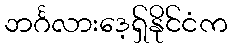
ဘင်္ဂလားဒေ့ရှ်နိုင်ငံက